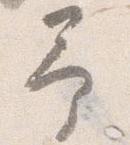
予